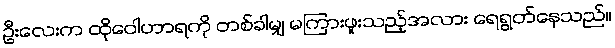
ဦးလေးက ထိုဝေါဟာရကို တစ်ခါမျှ မကြားဖူးသည့်အလား ရေရွတ်နေသည်။